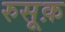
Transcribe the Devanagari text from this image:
रुसूक़